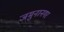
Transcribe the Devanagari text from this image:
जमुनानगर